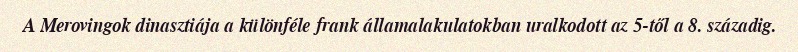
A Merovingok dinasztiája a különféle frank államalakulatokban uralkodott az 5-től a 8. századig.